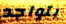
بتواجد